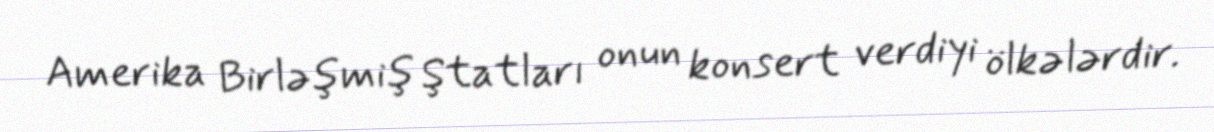
Amerika Birləşmiş Ştatları onun konsert verdiyi ölkələrdir.